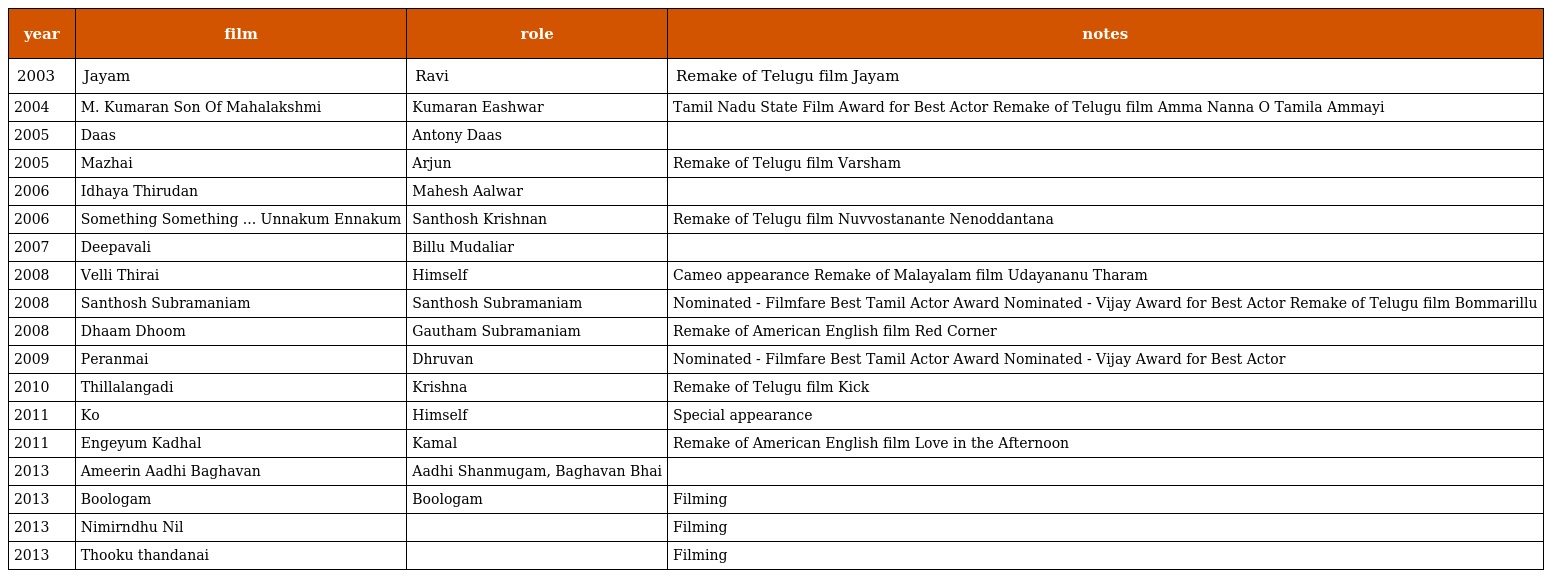
| year | film | role | notes |
 | --- | --- | --- | --- |
 | 2003 | Jayam | Ravi | Remake of Telugu film Jayam |
 | 2004 | M. Kumaran Son Of Mahalakshmi | Kumaran Eashwar | Tamil Nadu State Film Award for Best Actor Remake of Telugu film Amma Nanna O Tamila Ammayi |
 | 2005 | Daas | Antony Daas |  |
 | 2005 | Mazhai | Arjun | Remake of Telugu film Varsham |
 | 2006 | Idhaya Thirudan | Mahesh Aalwar |  |
 | 2006 | Something Something ... Unnakum Ennakum | Santhosh Krishnan | Remake of Telugu film Nuvvostanante Nenoddantana |
 | 2007 | Deepavali | Billu Mudaliar |  |
 | 2008 | Velli Thirai | Himself | Cameo appearance Remake of Malayalam film Udayananu Tharam |
 | 2008 | Santhosh Subramaniam | Santhosh Subramaniam | Nominated - Filmfare Best Tamil Actor Award Nominated - Vijay Award for Best Actor Remake of Telugu film Bommarillu |
 | 2008 | Dhaam Dhoom | Gautham Subramaniam | Remake of American English film Red Corner |
 | 2009 | Peranmai | Dhruvan | Nominated - Filmfare Best Tamil Actor Award Nominated - Vijay Award for Best Actor |
 | 2010 | Thillalangadi | Krishna | Remake of Telugu film Kick |
 | 2011 | Ko | Himself | Special appearance |
 | 2011 | Engeyum Kadhal | Kamal | Remake of American English film Love in the Afternoon |
 | 2013 | Ameerin Aadhi Baghavan | Aadhi Shanmugam, Baghavan Bhai |  |
 | 2013 | Boologam | Boologam | Filming |
 | 2013 | Nimirndhu Nil |  | Filming |
 | 2013 | Thooku thandanai |  | Filming |